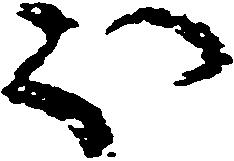
ほ